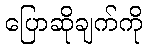
ပြောဆိုချက်ကို